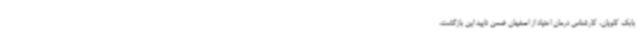
بابک کاویان، کارشناس درمان اعتیاد از اصفهان ضمن تایید این بازگشت،